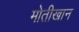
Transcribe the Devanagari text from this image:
मोतीखान